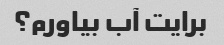
برایت آب بیاورم؟